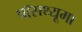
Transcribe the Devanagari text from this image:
पॉसथ्यूमा